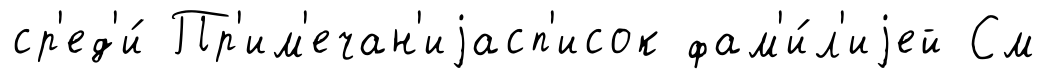
ср'ед'и́ Пр'им'ечан'иjасп'исок фам'и́л'иjей См